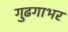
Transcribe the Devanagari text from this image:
गुढगाभर